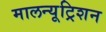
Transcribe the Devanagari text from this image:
मालन्यूट्रिशन